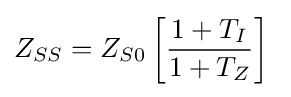
Z_{SS}=Z_{S0}\left[{\frac {1+T_{I}}{1+T_{Z}}}\right]\